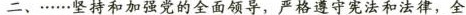
二、…坚持和加强党的全面领导，严格遵守宪法和法律，全